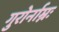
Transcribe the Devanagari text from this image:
गुरोर्नाम्नः